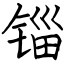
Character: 锱